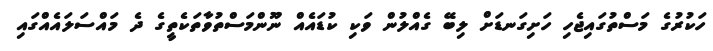
ހަކުރުގެ މަސްތުގައިޖެހި ހަށިގަނޑަށް ލިބޭ ގެއްލުން ވަކި ކުޑައެއް ނޫންމަސްތުވާތަކެތީގެ ދެ މައްސަލައެއްގައި